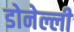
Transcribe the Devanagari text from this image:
डोनेल्ली